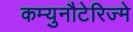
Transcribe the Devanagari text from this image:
कम्युनौटेरिज्मे